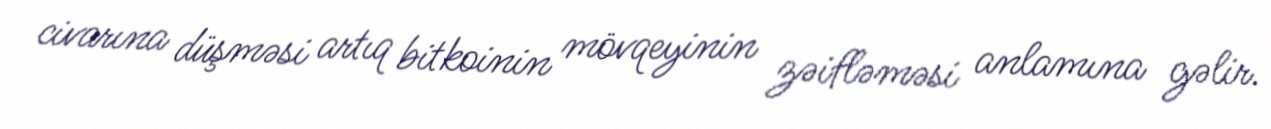
civarına düşməsi artıq bitkoinin mövqeyinin zəifləməsi anlamına gəlir.